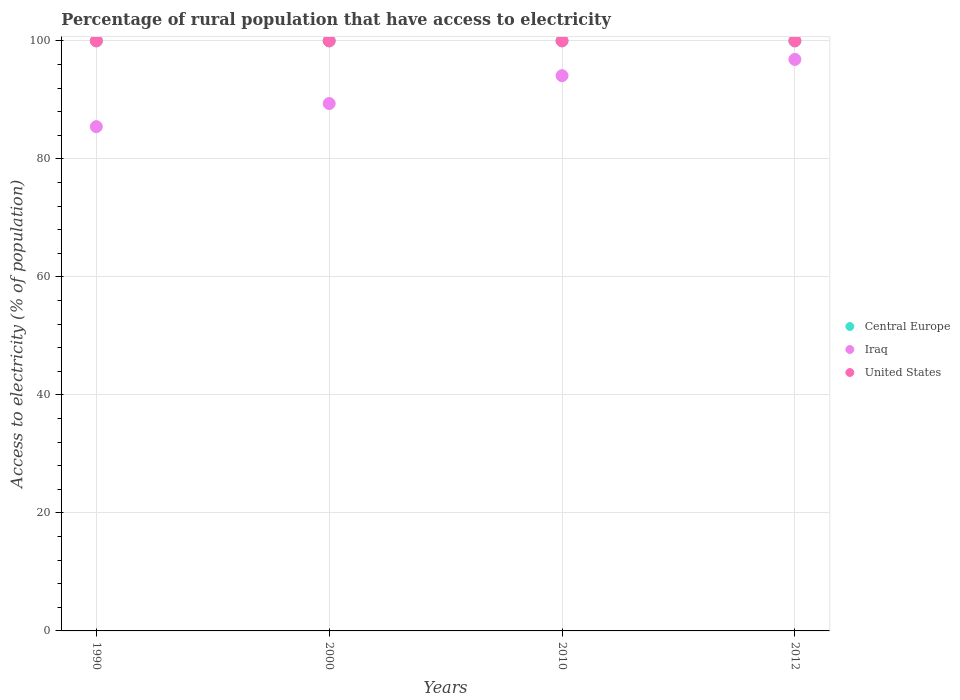
| Years | Central Europe | Iraq | United States |
 | --- | --- | --- | --- |
 | 1990 | 100 | 85.5 | 100 |
 | 2000 | 100 | 89.4 | 100 |
 | 2010 | 100 | 94.1 | 100 |
 | 2012 | 100 | 96.9 | 100 |